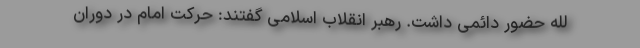
لله حضور دائمی داشت. رهبر انقلاب اسلامی گفتند: حرکت امام در دوران